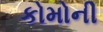
કોમોની